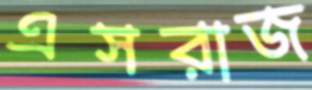
এসরাজ